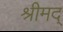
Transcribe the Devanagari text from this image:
श्रीमद्‌